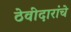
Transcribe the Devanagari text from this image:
ठेवीदारांचे